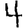
Digit: 4